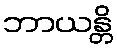
ဘာယန္တိ